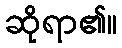
ဆိုရာ၏။